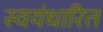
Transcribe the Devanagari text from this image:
स्वयंधारित